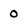
Character: 0